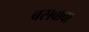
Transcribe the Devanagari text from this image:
बसवावा